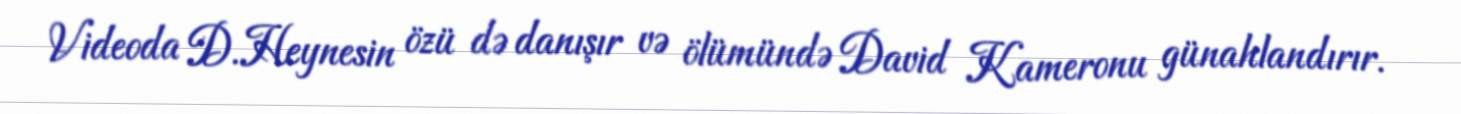
Videoda D.Heynesin özü də danışır və ölümündə David Kameronu günahlandırır.